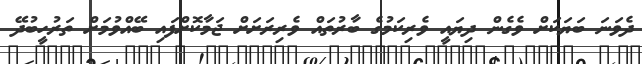
ދެވަނަ ބަޔަކަށް ވެގެން ދިޔައީ ވެރިކަމުގެ ބާރުތައް ވެރިރަށަށް ޖަމާކޮށްފައި ބޭއްވުމަށް ތަރުހީބުދޭ